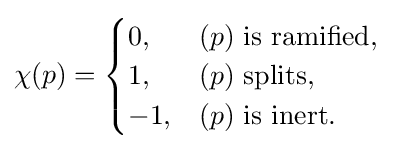
\chi (p)={\begin{cases}0,&(p){\text{ is ramified,}}\\1,&(p){\text{ splits,}}\\-1,&(p){\text{ is inert.}}\end{cases}}